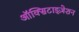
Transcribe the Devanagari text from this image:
ऑक्सिटाइज़ेशन